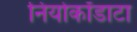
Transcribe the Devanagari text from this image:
नियोकॉडाटा